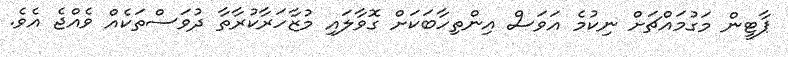
ޕާޓީން މަގުމައްޗަށް ނިކުމެ އަވަސް އިންތިހާބަކަށް ގޮވާލައި މުޒާހަރާކުރާތާ ދުވަސްތަކެއް ވެއްޖެ އެވެ.